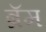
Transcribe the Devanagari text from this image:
ब्रॅम